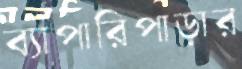
ব্যাপারিপাড়ার